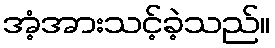
အံ့အားသင့်ခဲ့သည်။